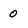
Character: 0